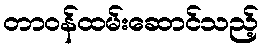
တာဝန်ထမ်းဆောင်သည့်